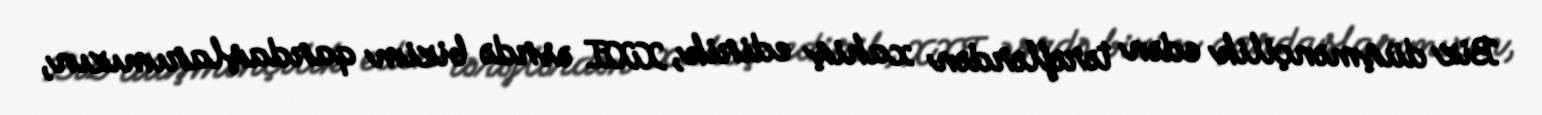
Biz düşmənçilik edən tərəflərdən xahiş edirik, XXI əsrdə bizim qardaşlarımızın,